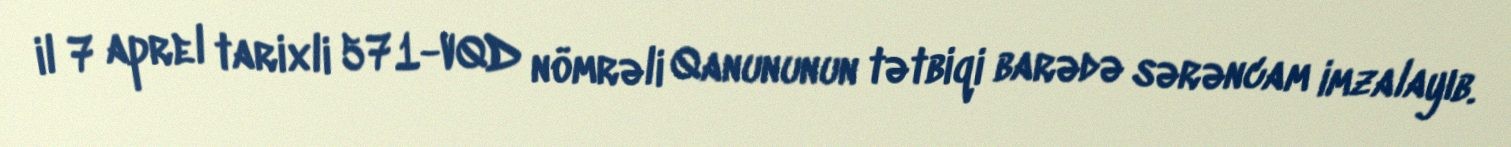
il 7 aprel tarixli 571-VQD nömrəli Qanununun tətbiqi barədə sərəncam imzalayıb.